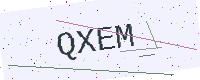
Text: QXEM